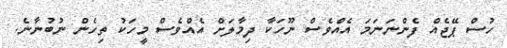
ހުސް ޕޭޖެއް ފެންނަނަމަ އެއްވެސް ނޫހަކާ ދިމާލަށް އެއްވެސް މީހަކު ތިހެން ނުބުނާނެ.